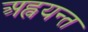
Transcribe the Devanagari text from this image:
अह्वयन्त